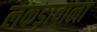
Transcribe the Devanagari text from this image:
लकड़ावाला